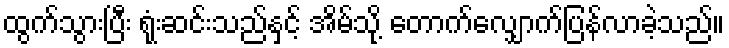
ထွက်သွားပြီး ရုံးဆင်းသည်နှင့် အိမ်သို့ တောက်လျှောက်ပြန်လာခဲ့သည်။